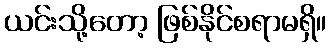
ယင်းသို့တော့ ဖြစ်နိုင်စရာမရှိ။